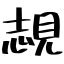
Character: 覟